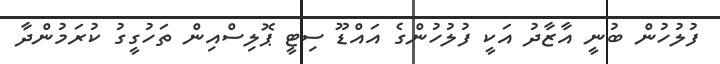
ފުލުހުން ބުނީ އާޒާދު އަކީ ފުލުހުންގެ އައްޑޫ ސިޓީ ޕޮލިސްއިން ތަހުގީގު ކުރަމުންދާ